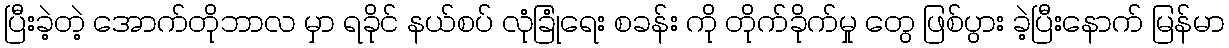
ပြီးခဲ့တဲ့ အောက်တိုဘာလ မှာ ရခိုင် နယ်စပ် လုံခြုံရေး စခန်း ကို တိုက်ခိုက်မှု တွေ ဖြစ်ပွား ခဲ့ပြီးနောက် မြန်မာ